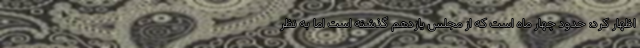
اظهار کرد: حدود چهار ماه است که از مجلس یازدهم گذشته است اما به نظر